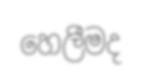
හෙලීමද